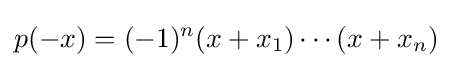
p(-x)=(-1)^{n}(x+x_{1})\cdots (x+x_{n})